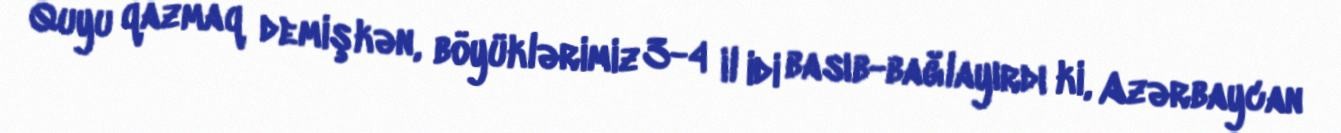
Quyu qazmaq demişkən, böyüklərimiz 3-4 il idi basıb-bağlayırdı ki, Azərbaycan